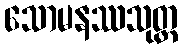
သောမနဿသုတ္တ